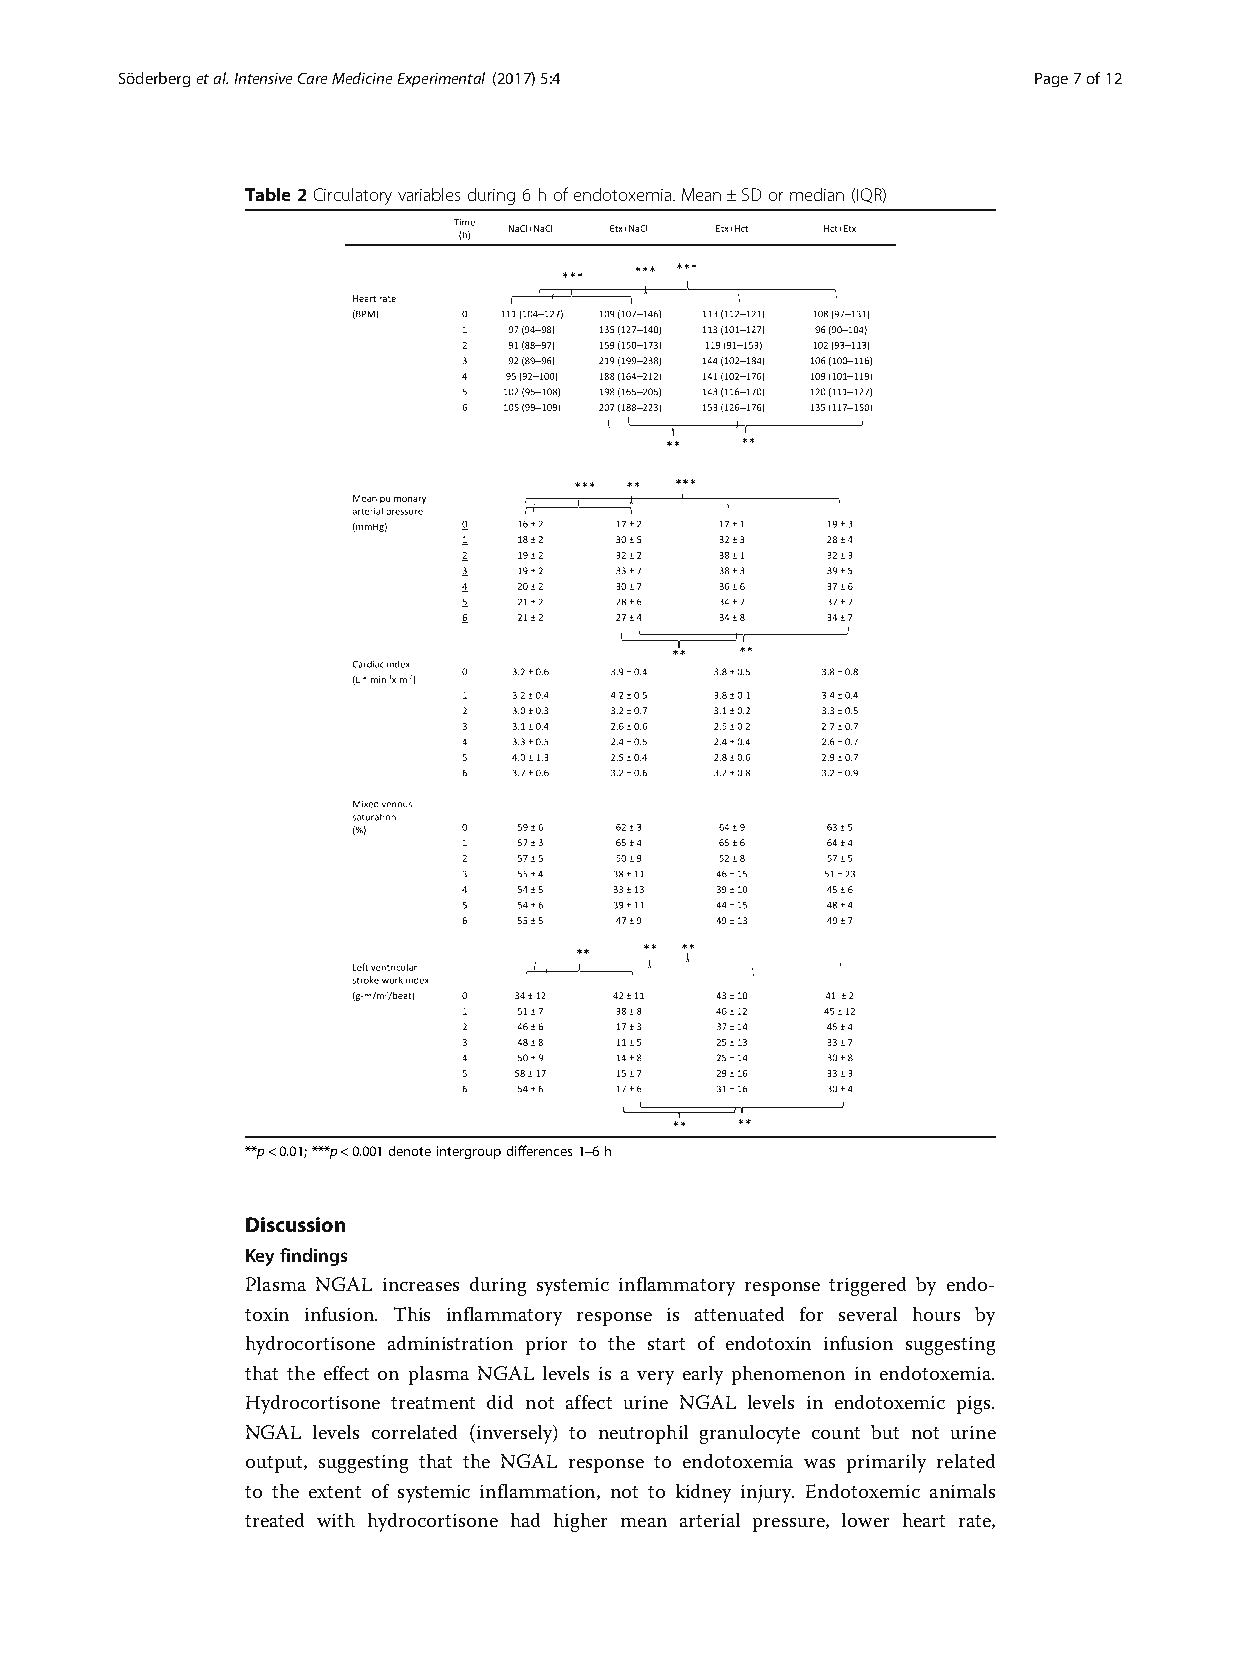
Söderbergetal.IntensiveCareMedicineExperimental (2017) 5:4  Page7of12
 Table2Circulatoryvariablesduring6hofendotoxemia.Mean±SDormedian(IQR)
 **p<0.01;***p<0.001denoteintergroupdifferences1–6h
 Discussion
 Keyfindings
 Plasma NGAL increases during systemic inflammatory response triggered by endo-
 toxin infusion. This inflammatory response is attenuated for several hours by
 hydrocortisone administration prior to the start of endotoxin infusion suggesting
 that the effect on plasma NGAL levels is a very early phenomenon in endotoxemia.
 Hydrocortisone treatment did not affect urine NGAL levels in endotoxemic pigs.
 NGAL levels correlated (inversely) to neutrophil granulocyte count but not urine
 output, suggesting that the NGAL response to endotoxemia was primarily related
 to the extent of systemic inflammation, not to kidney injury. Endotoxemic animals
 treated with hydrocortisone had higher mean arterial pressure, lower heart rate,